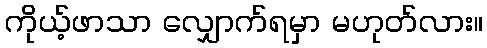
ကိုယ့်ဖာသာ လျှောက်ရမှာ မဟုတ်လား။